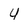
Character: 4